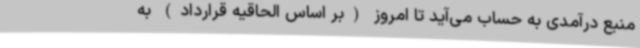
منبع درآمدی به حساب می‌آید تا امروز (بر اساس الحاقیه قرارداد) به